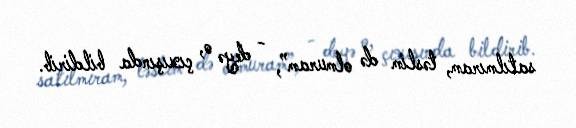
satılmıram, təslim də olmuram”, - deyə o, çıxışında bildirib.